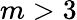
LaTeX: m>3